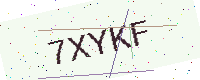
Text: 7XYKF